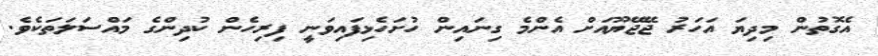
އެގޮތުން މިދިޔަ އަހަރު ޖޭޖޭޔޫއަށް އެންމެ ގިނައިން ހުށަހެޅިފައިވަނީ ފިރިހެން ކުދިންގެ މައްސަލަތަކެވެ.